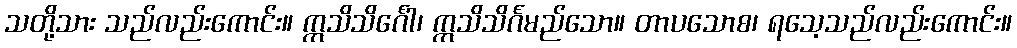
သတို့သား သည်လည်းကောင်း။ ဣသိသိင်္ဂေါ၊ ဣသိသိင်္ဂမည်သော။ တာပသောစ၊ ရသေ့သည်လည်းကောင်း။